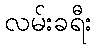
လမ်းခရီး